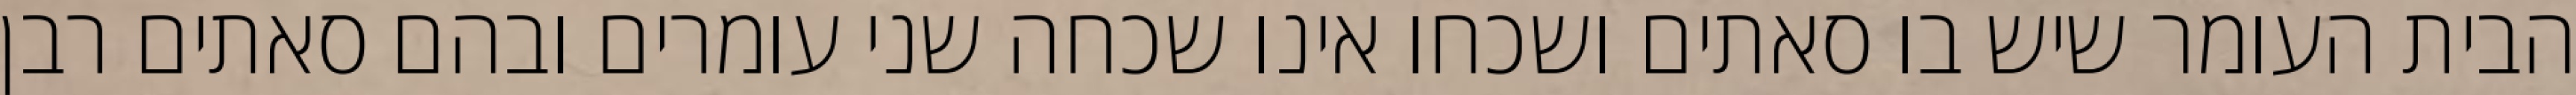
הבית העומר שיש בו סאתים ושכחו אינו שכחה שני עומרים ובהם סאתים רבן